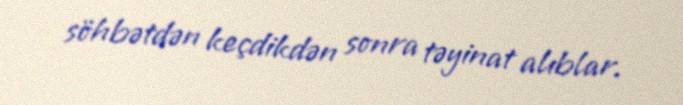
söhbətdən keçdikdən sonra təyinat alıblar.